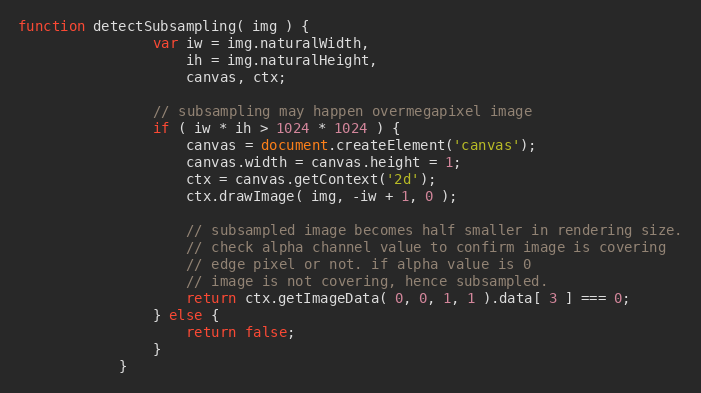
Language: JavaScript
function detectSubsampling( img ) {
                var iw = img.naturalWidth,
                    ih = img.naturalHeight,
                    canvas, ctx;

                // subsampling may happen overmegapixel image
                if ( iw * ih > 1024 * 1024 ) {
                    canvas = document.createElement('canvas');
                    canvas.width = canvas.height = 1;
                    ctx = canvas.getContext('2d');
                    ctx.drawImage( img, -iw + 1, 0 );

                    // subsampled image becomes half smaller in rendering size.
                    // check alpha channel value to confirm image is covering
                    // edge pixel or not. if alpha value is 0
                    // image is not covering, hence subsampled.
                    return ctx.getImageData( 0, 0, 1, 1 ).data[ 3 ] === 0;
                } else {
                    return false;
                }
            }